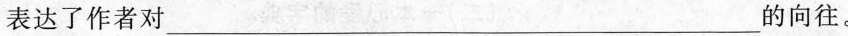
表达了作者对___的向往。